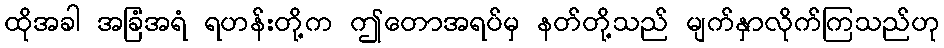
ထိုအခါ အခြံအရံ ရဟန်းတို့က ဤတောအရပ်မှ နတ်တို့သည် မျက်နှာလိုက်ကြသည်ဟု